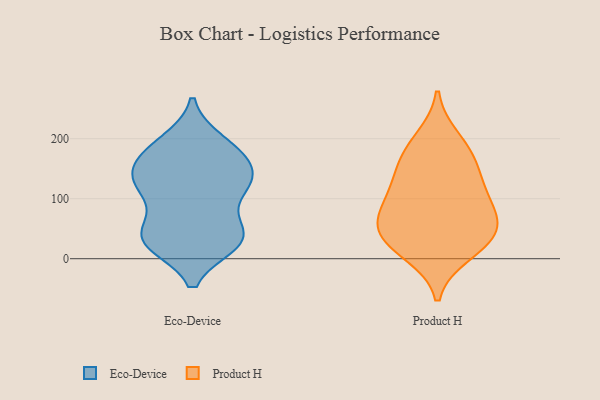
{"axis": {"x": "Conversion Rate (%)", "y": "Value"}, "legend": ["Eco-Device", "Product H"], "data": [{"x": "", "y": 162, "type": "Eco-Device"}, {"x": "", "y": 165, "type": "Eco-Device"}, {"x": "", "y": 128, "type": "Eco-Device"}, {"x": "", "y": 30, "type": "Eco-Device"}, {"x": "", "y": 194, "type": "Eco-Device"}, {"x": "", "y": 33, "type": "Eco-Device"}, {"x": "", "y": 183, "type": "Eco-Device"}, {"x": "", "y": 133, "type": "Eco-Device"}, {"x": "", "y": 117, "type": "Eco-Device"}, {"x": "", "y": 135, "type": "Eco-Device"}, {"x": "", "y": 123, "type": "Eco-Device"}, {"x": "", "y": 56, "type": "Eco-Device"}, {"x": "", "y": 42, "type": "Eco-Device"}, {"x": "", "y": 26, "type": "Eco-Device"}, {"x": "", "y": 111, "type": "Eco-Device"}, {"x": "", "y": 30, "type": "Eco-Device"}, {"x": "", "y": 185, "type": "Eco-Device"}, {"x": "", "y": 31, "type": "Eco-Device"}, {"x": "", "y": 52, "type": "Product H"}, {"x": "", "y": 34, "type": "Product H"}, {"x": "", "y": 67, "type": "Product H"}, {"x": "", "y": 106, "type": "Product H"}, {"x": "", "y": 169, "type": "Product H"}, {"x": "", "y": 26, "type": "Product H"}, {"x": "", "y": 127, "type": "Product H"}, {"x": "", "y": 199, "type": "Product H"}, {"x": "", "y": 10, "type": "Product H"}, {"x": "", "y": 98, "type": "Product H"}, {"x": "", "y": 163, "type": "Product H"}, {"x": "", "y": 56, "type": "Product H"}]}